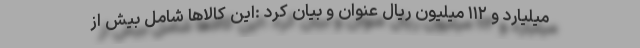
میلیارد و ۱۱۲ میلیون ریال عنوان و بیان کرد :این کالاها شامل بیش از